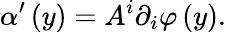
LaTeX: \alpha^{\prime}\left(y\right)=A^{i}\partial_{i}\varphi\left(y\right).